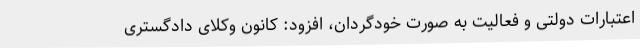
اعتبارات دولتی و فعالیت به صورت خودگردان، افزود: کانون وکلای دادگستری